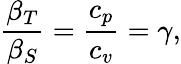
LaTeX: {\frac{\beta_{T}}{\beta_{S}}}={\frac{c_{p}}{c_{v}}}=\gamma,